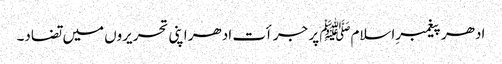
ادھر پیغمبرِاسلامﷺ پر جرأت ادھر اپنی تحریروں میں تضاد۔